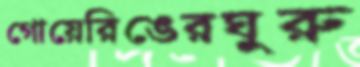
গোয়েরিঙেরঘুরু